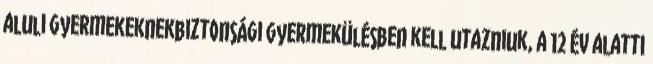
aluli gyermekeknekbiztonsági gyermekülésben kell utazniuk, a 12 év alatti